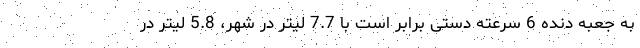
به جعبه دنده 6 سرعته دستی برابر است با 7.7 لیتر در شهر، 5.8 لیتر در